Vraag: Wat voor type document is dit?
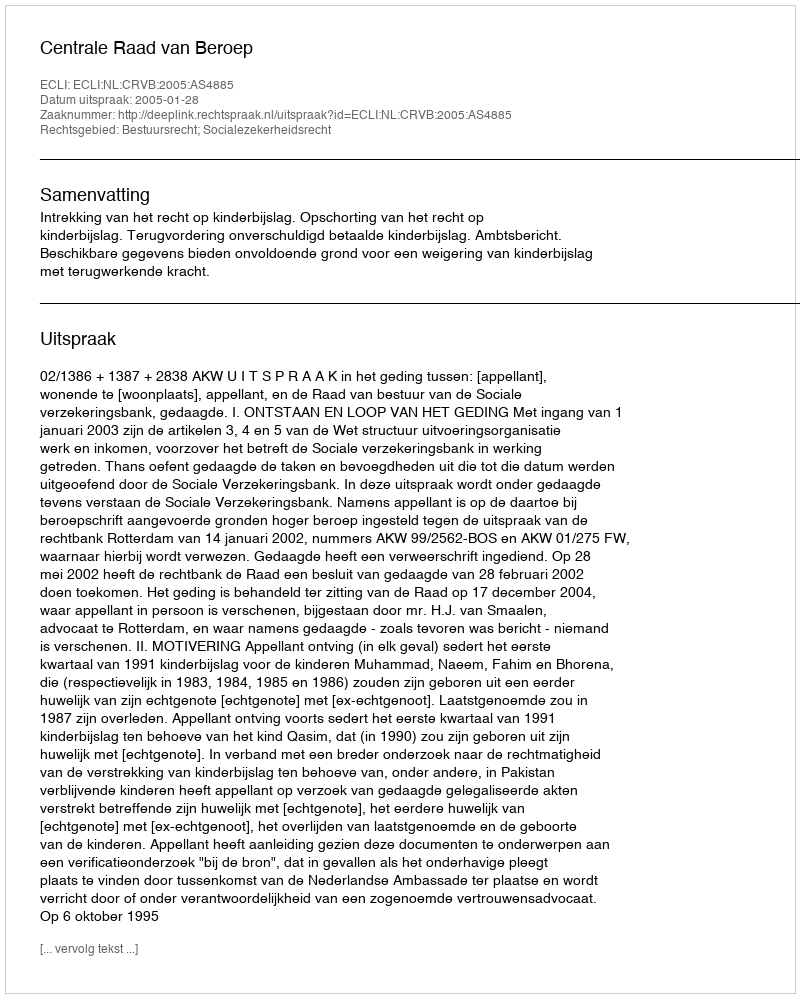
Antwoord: Uitspraak